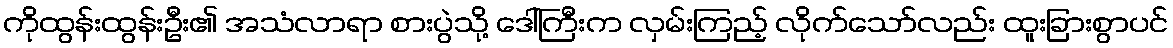
ကိုထွန်းထွန်းဦး၏ အသံလာရာ စားပွဲသို့ ဒေါ်ကြီးက လှမ်းကြည့် လိုက်သော်လည်း ထူးခြားစွာပင်